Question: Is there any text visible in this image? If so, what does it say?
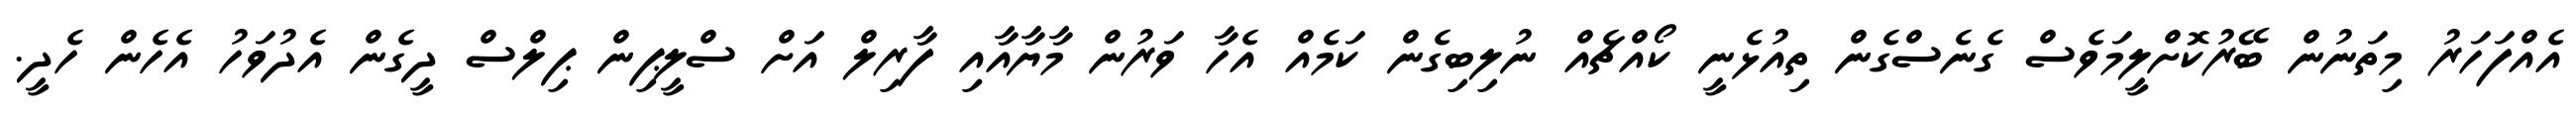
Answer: އެއްފަހަރު މިތަނުން ބޭރުކޮށްލީމަވެސް ގެނެސްގެން ތިއުޅެނީ ކޯއްޗެއް ނުލިބިގެން ކަމެއް އެހާ ވަރުން މާޔާއާއި ފާރިލް އަށް ސްލީޕިން ޕިލްސް ދީގެން އެދުވަހު އެހެން ހެދީ.